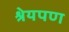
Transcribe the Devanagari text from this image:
श्रेयपण